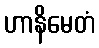
ဟာနိမေတံ